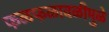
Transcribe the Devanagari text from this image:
फळफळावळीमुळे